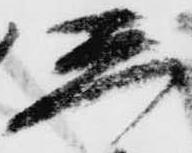
し